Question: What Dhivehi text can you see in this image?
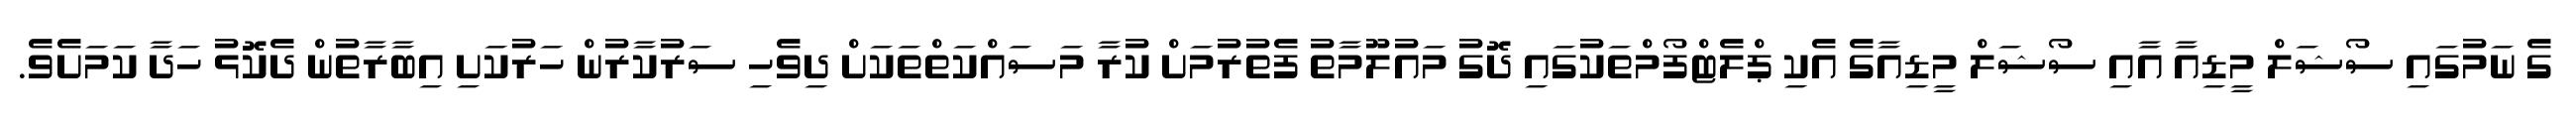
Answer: ގެ ނަމުގައި ސޯޝަލް މީޑިއާ އާއި ސޯޝަލް މީޑިއާގެ އެކި ޕްލެޓްފޯމްތަކުގައި ދޮގު މައުލޫމާތު ފެތުރުމަށް ކުރާ މަސައްކަތްތަކަށް ދިވެހި ސަރުކާރުން ހަރުކަށި އިބާރާތުން ދެކޮޅު ހަދާ ކަމަށެވެ.